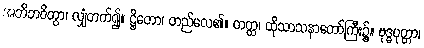
အဘိဘဝိတွာ၊ လျှံတက်၍။ ဋ္ဌိတော၊ တည်လေ၏။ တတ္ထ၊ ထိုသာသနာတော်ကြီး၌။ ဗုဒ္ဓပုတ္တာ၊